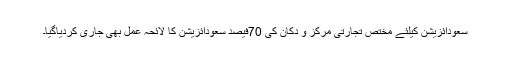
سعودائزیشن کیلئے مختص تجارتی مرکز و دکان کی 70فیصد سعودائزیشن کا لائحہ عمل بھی جاری کردیاگیا۔